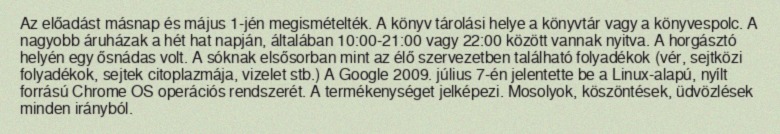
Az előadást másnap és május 1-jén megismételték. A könyv tárolási helye a könyvtár vagy a könyvespolc. A nagyobb áruházak a hét hat napján, általában 10:00-21:00 vagy 22:00 között vannak nyitva. A horgásztó helyén egy ősnádas volt. A sóknak elsősorban mint az élő szervezetben található folyadékok (vér, sejtközi folyadékok, sejtek citoplazmája, vizelet stb.) A Google 2009. július 7-én jelentette be a Linux-alapú, nyílt forrású Chrome OS operációs rendszerét. A termékenységet jelképezi. Mosolyok, köszöntések, üdvözlések minden irányból.